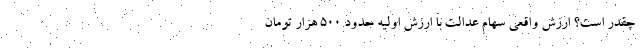
چقدر است؟ ارزش واقعی سهام عدالت با ارزش اولیه حدود ۵۰۰ هزار تومان